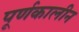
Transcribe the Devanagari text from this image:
पूर्णकालीन